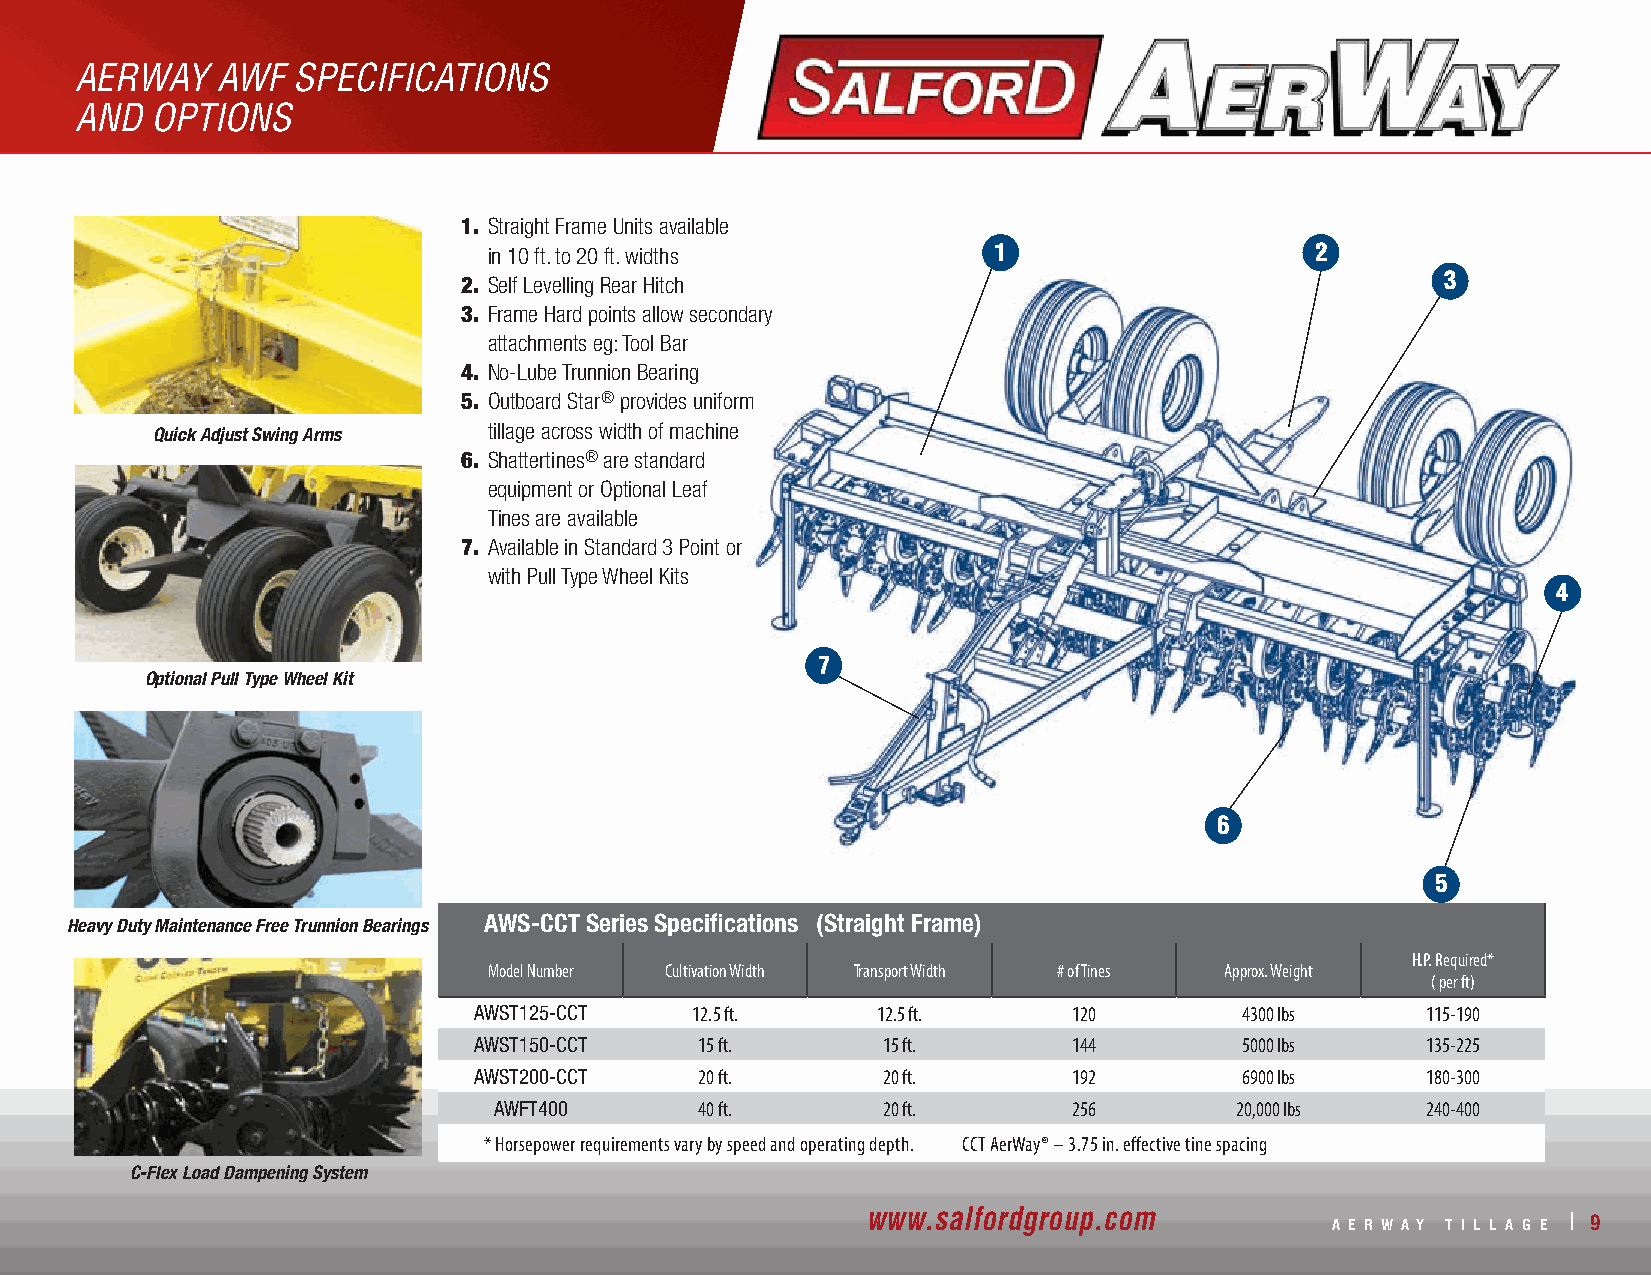
AERWAY   AWF  SPECIFICATIONS
 AND  OPTIONS
 1. Straight Frame Units available
 in 10 ft. to 20 ft. widths        1                    2
 2. Self Levelling Rear Hitch                                      3
 3. Frame Hard points allow secondary
 attachments eg: Tool Bar
 4. No-Lube Trunnion Bearing
 5. Outboard Star® provides uniform
 tillage across width of machine
 Quick Adjust Swing Arms
 6. Shattertines® are standard
 equipment or Optional Leaf
 Tines are available
 7. Available in Standard 3 Point or
 with Pull Type Wheel Kits
 4
 7
 Optional Pull Type Wheel Kit
 6
 5
 Heavy Duty Maintenance Free Trunnion Bearings AWS-CCT Series Specifications (Straight Frame)
 H.P. Required*
 Model Number Cultivation Width Transport Width # of Tines Approx. Weight
 ( per ft)
 AWST125-CCT    12.5 ft.    12.5 ft.     120        4300 lbs    115-190
 AWST150-CCT    15 ft.      15 ft.       144        5000 lbs    135-225
 AWST200-CCT    20 ft.      20 ft.       192        6900 lbs    180-300
 AWFT400      40 ft.      20 ft.       256        20,000 lbs  240-400
 * Horsepower requirements vary by speed and operating depth. CCT AerWay® – 3.75 in. effective tine spacing
 C-Flex Load Dampening System
 www.salfordgroup.com           A E R W A Y T I L L A G E | 9